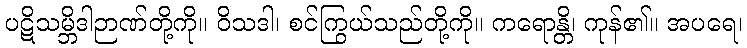
ပဋိသမ္ဘိဒါဉာဏ်တို့ကို။ ဝိသဒါ၊ စင်ကြွယ်သည်တို့ကို။ ကရောန္တိ၊ ကုန်၏။ အပရေ၊